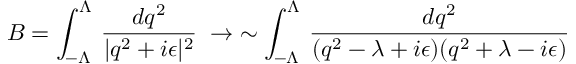
B = \int _ { - \Lambda } ^ { \Lambda } \, { \frac { d q ^ { 2 } } { | q ^ { 2 } + i \epsilon | ^ { 2 } } } \; \to \; \sim \int _ { - \Lambda } ^ { \Lambda } \, { \frac { d q ^ { 2 } } { ( q ^ { 2 } - \lambda + i \epsilon ) ( q ^ { 2 } + \lambda - i \epsilon ) } }